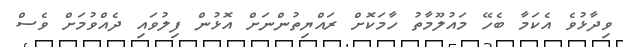
ވިދާޅުވެ އެކަމާ ބެހޭ މައުލޫމާތު ހާމަކޮށް ރައްޔިތުންނަށް އޮޅުން ފިލުވައި ދެއްވުމަށް ވެސް